Report on vaccination in Madras 1922-1929 - 1922-1929
Year: 1922
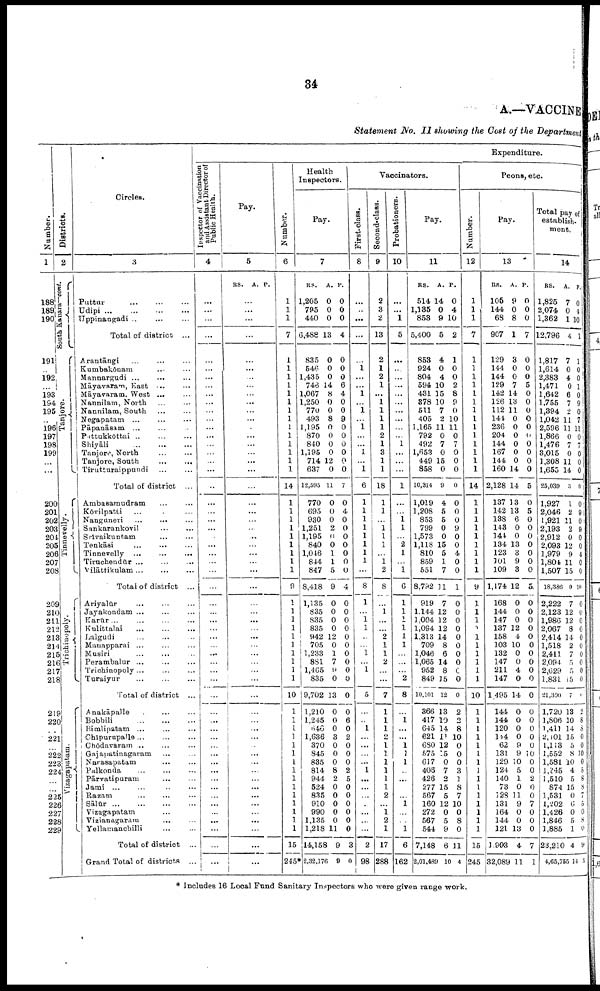
34
A.—VACCINE
Statement No. II showing the Cost of the Department
Number.
1
188
189
190
191
..
192
193
194
195
..
196
197
198
199
...
...
200
201
202
203
201
205
206
207
208
209
210
211
212
213
214
215
216
217
218
219
220
221
222
223
224
225
226
227
228
229
Districts.
2
South Ka n a
ra
— cont.
Tanjore.
Tinnevelly.
Trichinopoly.
Vizagapatam.
Circles.
3
Puttur...
...
...
Udipi...
...
...
Uppinangadi... ...
Total of district ...
Arantāngi... ... ...
Kumbakōnam...
Mannargudi ...
Māyavaram, East... ... ...
Māyararam. West ...
Nannilam, North... ...
Nannilam, South... ...
Negapatam... ... ... ...
Pāpanāsam... ...
Pittukkōttai... ...
Shiyāli... ...
Tanjore, North... ...
Tanjore, South... ... ...
Tirutturaippudi... ...
Total of district ...
Ambasamudram... ...
Kovilpatti... ... ...
Nanguneri... ... ...
Sankarankovil... ...
Srivaikuntam...
...
Tenkāsi...
...
...
Tinnevelly...
...
...
Tiruchendūr... ... ...
Vilāttikulam... ... ...
Total of district ...
Ariyalūr...
Jayakondam ...
Karūr... ...
Kulittalai...
Lalgudi... ...
Manapparai... ...
Musiri... ...
Perambalur... ...
Trichinopoly...
...
...
Turaiyur... ...
Total of district ...
Anakāpalle... ...
Bobbili... ...
Bimlipatam... ...
Chipurupalle...
...
...
Chōdavaram ...
Gajapatinagaram... ...
Narasapatam... ...
Palkonda... ...
Pārvatipuram... ...
Jami... ...
Razam... ...
Sālūr...
...
...
Vizagapatam... ...
Vizianagaram...
...
Yellamanchilli... ...
Total of district ...
Grand Total of districts ...
Expenditure.
Inspector of Vaccination
and Assistant Director of
Public Health.
4
...
...
...
...
...
...
...
...
...
...
...
...
...
...
...
...
...
...
...
...
...
...
...
...
...
...
...
...
...
...
...
...
...
...
...
...
...
...
...
...
...
...
...
...
...
...
...
...
...
...
...
...
...
...
...
...
...
Pay.
5
RS. A. P.
...
...
...
...
...
...
...
...
...
...
...
...
...
...
...
...
...
...
...
...
...
...
...
...
...
...
...
...
...
...
...
...
...
...
...
...
...
...
...
...
...
...
...
...
...
...
...
...
...
...
...
...
...
...
...
...
...
Number.
6
...
...
...
7
...
...
...
...
...
...
...
...
...
...
...
...
...
...
14
...
...
...
...
...
...
...
...
...
...
...
...
...
...
...
...
...
...
...
...
10
...
...
...
...
...
...
1
...
...
...
...
...
...
...
...
15
245*
Health
Inspectors.
Pay.
7
RS.
1,205
795
440
6,488
835
546
1,435
748
1,067
1,250
770
493
1,195
870
840
1,195
714
637
12,595
770
695
930
1,251
1,195
840
1,046
844
847
8,418
1,135
835
835
835
942
705
1,233
881
1,465
835
9,702
1,210
1,245
646
1,636
370
845
835
814
944
524
835
910
990
1,135
1,218
14,158
2,32,176
A.
0
0
0
13
0
0
0
14
8
0
0
8
0
0
0
0
12
0
11
0
0
0
2
0
0
1
1
5
9
0
0
0
0
12
0
1
7
9
0
13
0
0
0
3
0
0
0
8
2
0
0
0
0
0
11
9
0
P.
0
0
0
4
0
0
0
6
4
0
0
9
0
0
0
0
0
0
7
0
4
0
0
0
0
0
0
0
4
0
0
0
0
0
0
0
0
0
0
0
0
6
0
2
0
0
0
2
5
0
0
0
0
0
0
3
0
Vaccinators.
First-class.
8
...
...
...
...
...
1
...
...
1
...
l
...
l
...
...
1
...
1
6
1
1
1
1
1
1
1
1
...
8
1
...
1
1
...
...
1
...
1
...
5
...
...
1
...
...
...
...
1
...
...
...
...
...
...
...
2
98
Second-class.
9
2
3
2
13
2
1
2
1
...
1
1
1
1
2
1
3
1
1
18
1
1
...
1
1
1
...
1
2
8
...
1
...
...
2
1
1
2
...
...
7
1
1
1
2
1
1
1
1
1
1
2
...
1
2
1
17
288
Probationers.
10
...
...
1
5
...
...
...
...
...
...
...
...
...
...
1
...
...
...
1
...
...
1 1
...
2
1
...
1
6
1
1
1
1
1
1
...
...
...
2
8
...
1
...
...
1
1
1
...
...
...
...
1
...
...
1
6
162
Pay.
11
RS.
514
1,135
853
5,400
858
924
804
594
431
378
511
405
1,165
792
492
1,653
449
858
10,314
1,019
1,208
853
799
1,573
1,118
810
859
551
8,792
919
1,144
1,004
1,094
1,313
709
1,046
1,065
952
849
10,101
366
417
645
621
680
675
617
406
426
277
567
160
272
567
544
7,148
2,01,489
A.
14
0
9
5
4
0
4
10
15
10
7
2
11
0
7
0
15
0
9
4
5
5
0
0
15
5
1
7
11
7
12
12
12
14
8
6
14
8
15
12
13
10
14
11
12
15
0
7
2
15
5
12
0
5
9
6
10
P.
0
4
10
2
1
0
0
2
8
9
0
10
11
0
7
0
0
0
0
0
0
0
9
0
0
4
0
0
1
0
0
0
0
0
0
0
0
0
0
0
2
2
8
10
0
0
0
3
1
8
7
10
0
8
0
11
4
Peons, etc.
Number.
12
1
1
1
7
1
1
1
1
1
1
1
1
1
1
1
1
1
1
14
1
1
1
1
1
1
1
1
1
9
1
1
1
1
1
1
1
1
1
1
10
1
1
1
1
1
1
1
1
1
1
1
1
1
1
1
15
245
Pay.
13
RS.
106
144
68
907
129
144
144
129
142
126
112
141
236
204
144
167
144
160
2,128
137
142
138
143
144
134
123
101
109
1,174
168
144
147
137
158
103
132
147
211
147
1,495
14.1
144
120
104
62
131
129
124
140
73
128
131
164
144
121
1,903
32,089
A.
9
0
8
1
3
0
0
7
14
13
11
0
0
0
0
0
0
14
14
13
13
6
0
0
13
3
9
3
12
0
0
0
12
4
10
0
0
4
0
14
0
0
0
0
9
9
10
5
1
0
11
9
0
0
13
4
11
P.
0
0
0
7
0
0
0
5
0
0
0
0
0
0
0
0
0
0
5
0
5
0
0
0
0
0
0
0
5
0
0
0
0
0
0
0
0
0
0
0
0
0
0
0
0
0
0
0
2
0
0
7
0
0
0
7
1
Total pay of
establish-
ment.
14
RS.
1,825
2,074
1,362
12,796
1,817
1,614
2,383
1,471
1,642
1,755
1,394
1,042
2,596
1,866
1,476
3,015
1,308
1,655
25,039
1,927
2,046
1,921
2,193
2,912
2,093
1,979
1,804
1,507
18,386
2,222
2,123
1,986
2,067
2,414
1,518
2,411
2,094
2,629
1,831
21,300
1,720
1,806
1,410
2,101
1,113
1,552
1,581
1,345
1,510
874
1,531
1,202
1,426
1,846
1,885
23,210
4,56,755
A.
7
0
1
4
7
0
4
0
6
7
2
11
11
0
7
0
11
14
3
1
2
11
2
0
12
9
11
15
0
7
12
12
8
14
2
7
5
5
15
7
13
10
14
15
5
8
10
4
5
15
0
6
0
5
1
4
14
P.
0
4
10
l
1
0
0
1
0 9
0
7
11
0
7
0
0
0
0
0
9
0
9
0
0
4
0
0
10
0
0
0
0
0
0
0
0
0
0
0
9
8
8
0
0
10
0
0
8
8
7
5
0
8
0
9
5
* Includes 16 Local Fund Sanitary Inspectors who were given range work.